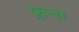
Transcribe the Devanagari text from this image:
फ्रन्स